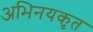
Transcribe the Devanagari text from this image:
अभिनयकृत